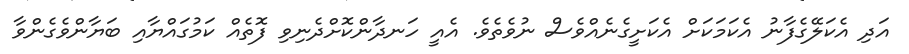
އަދި އެކަލޭގެފާނު އެކަމަކަށް އެކަށީގެނެއްވެސް ނުވެތެވެ. އެއީ ހަނދާންކޮށްދެނިވި ފޮތެއް ކަމުގައްޔާއި ބަޔާންވެގެންވާ